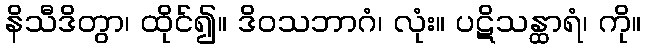
နိသီဒိတွာ၊ ထိုင်၍။ ဒိဝသဘာဂံ၊ လုံး။ ပဋိသန္ထာရံ၊ ကို။